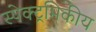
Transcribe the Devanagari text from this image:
स्पेक्ट्रमिकीय